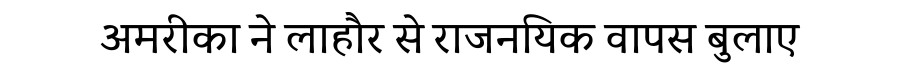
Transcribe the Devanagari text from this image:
अमरीका ने लाहौर से राजनयिक वापस बुलाए